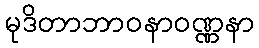
မုဒိတာဘာဝနာဝဏ္ဏနာ